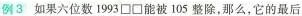
例3 如果六位数1993\square \square 能被105整除，那么，它的最后